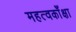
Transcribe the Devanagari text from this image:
महत्वकाँक्षा